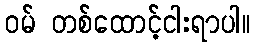
ဝမ် တစ်ထောင့်ငါးရာပါ။